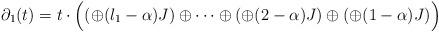
LaTeX: \begin{align*}\partial_1(t)=t\cdot\Big((\oplus (l_1-\alpha) J)\oplus\dots\oplus(\oplus(2-\alpha)J)\oplus(\oplus(1-\alpha)J)\Big) \end{align*}